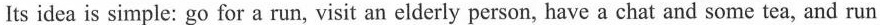
lts idea is simple: go for a run, visit an elderly person, have a chat and some tea, and run